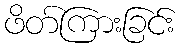
ဖိတ်ကြားခြင်း